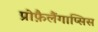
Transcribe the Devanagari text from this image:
प्रोफ़ैलैंगाप्सिस